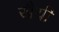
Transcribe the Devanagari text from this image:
खैयी